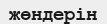
жөндерін